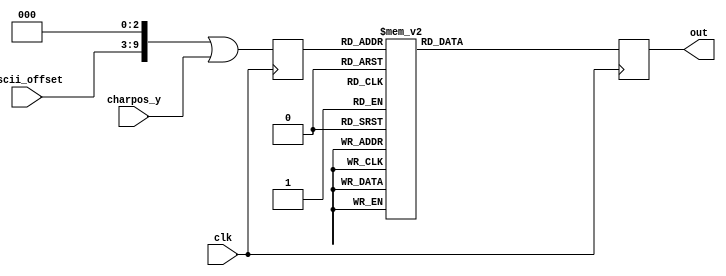
module font_rom_8x8 (
    input clk,
	 input [6:0] ascii_offset,
	 input [2:0] charpos_y,
    output reg [7:0] out
);

reg [9:0] addr_r;
//assign addr_r = ((ascii_offset << 3) |charpos_y);

always @(posedge clk) begin
  addr_r <= ((ascii_offset << 3) |charpos_y);
  case (addr_r)
		10'h000:out <=8'b00000000;        
		10'h001:out <=8'b00000000;        
		10'h002:out <=8'b00000000;        
		10'h003:out <=8'b00000000;        
		10'h004:out <=8'b00000000;        
		10'h005:out <=8'b00000000;        
		10'h006:out <=8'b00000000;        
		10'h007:out <=8'b00000000;        
		10'h008:out <=8'b00000100;        // !
		10'h009:out <=8'b00000100;        
		10'h00A:out <=8'b00000100;        
		10'h00B:out <=8'b00000100;        
		10'h00C:out <=8'b00000000;        
		10'h00D:out <=8'b00000000;        
		10'h00E:out <=8'b00000100;        
		10'h00F:out <=8'b00000000;        
		10'h010:out <=8'b00001010;        // "
		10'h011:out <=8'b00001010;        
		10'h012:out <=8'b00001010;        
		10'h013:out <=8'b00000000;        
		10'h014:out <=8'b00000000;        
		10'h015:out <=8'b00000000;        
		10'h016:out <=8'b00000000;        
		10'h017:out <=8'b00000000;        
		10'h018:out <=8'b00001010;        // #
		10'h019:out <=8'b00001010;        
		10'h01A:out <=8'b00011111;        
		10'h01B:out <=8'b00001010;        
		10'h01C:out <=8'b00011111;        
		10'h01D:out <=8'b00001010;        
		10'h01E:out <=8'b00001010;        
		10'h01F:out <=8'b00000000;        
		10'h020:out <=8'b00000100;        // $
		10'h021:out <=8'b00001111;        
		10'h022:out <=8'b00010100;        
		10'h023:out <=8'b00001110;        
		10'h024:out <=8'b00000101;        
		10'h025:out <=8'b00011110;        
		10'h026:out <=8'b00000100;        
		10'h027:out <=8'b00000000;        
		10'h028:out <=8'b00011000;        // %
		10'h029:out <=8'b00011001;        
		10'h02A:out <=8'b00000010;        
		10'h02B:out <=8'b00000100;        
		10'h02C:out <=8'b00001000;        
		10'h02D:out <=8'b00010011;        
		10'h02E:out <=8'b00000011;        
		10'h02F:out <=8'b00000000;        
		10'h030:out <=8'b00001100;        // &
		10'h031:out <=8'b00010010;        
		10'h032:out <=8'b00010100;        
		10'h033:out <=8'b00001000;        
		10'h034:out <=8'b00010101;        
		10'h035:out <=8'b00010010;        
		10'h036:out <=8'b00001101;        
		10'h037:out <=8'b00000000;        
		10'h038:out <=8'b00001100;        // '
		10'h039:out <=8'b00000100;        
		10'h03A:out <=8'b00001000;        
		10'h03B:out <=8'b00000000;        
		10'h03C:out <=8'b00000000;        
		10'h03D:out <=8'b00000000;        
		10'h03E:out <=8'b00000000;        
		10'h03F:out <=8'b00000000;        
		10'h040:out <=8'b00000010;        // (
		10'h041:out <=8'b00000100;        
		10'h042:out <=8'b00001000;        
		10'h043:out <=8'b00001000;        
		10'h044:out <=8'b00001000;        
		10'h045:out <=8'b00000100;        
		10'h046:out <=8'b00000010;        
		10'h047:out <=8'b00000000;        
		10'h048:out <=8'b00001000;        // )
		10'h049:out <=8'b00000100;        
		10'h04A:out <=8'b00000010;        
		10'h04B:out <=8'b00000010;        
		10'h04C:out <=8'b00000010;        
		10'h04D:out <=8'b00000100;        
		10'h04E:out <=8'b00001000;        
		10'h04F:out <=8'b00000000;        
		10'h050:out <=8'b00000000;        // *
		10'h051:out <=8'b00000100;        
		10'h052:out <=8'b00010101;        
		10'h053:out <=8'b00001110;        
		10'h054:out <=8'b00010101;        
		10'h055:out <=8'b00000100;        
		10'h056:out <=8'b00000000;        
		10'h057:out <=8'b00000000;        
		10'h058:out <=8'b00000000;        // +
		10'h059:out <=8'b00000100;        
		10'h05A:out <=8'b00000100;        
		10'h05B:out <=8'b00011111;        
		10'h05C:out <=8'b00000100;        
		10'h05D:out <=8'b00000100;        
		10'h05E:out <=8'b00000000;        
		10'h05F:out <=8'b00000000;        
		10'h060:out <=8'b00000000;        // ,
		10'h061:out <=8'b00000000;        
		10'h062:out <=8'b00000000;        
		10'h063:out <=8'b00000000;        
		10'h064:out <=8'b00001100;        
		10'h065:out <=8'b00000100;        
		10'h066:out <=8'b00001000;        
		10'h067:out <=8'b00000000;        
		10'h068:out <=8'b00000000;        // -
		10'h069:out <=8'b00000000;        
		10'h06A:out <=8'b00000000;        
		10'h06B:out <=8'b00011111;        
		10'h06C:out <=8'b00000000;        
		10'h06D:out <=8'b00000000;        
		10'h06E:out <=8'b00000000;        
		10'h06F:out <=8'b00000000;        
		10'h070:out <=8'b00000000;        // .
		10'h071:out <=8'b00000000;        
		10'h072:out <=8'b00000000;        
		10'h073:out <=8'b00000000;        
		10'h074:out <=8'b00000000;        
		10'h075:out <=8'b00001100;        
		10'h076:out <=8'b00001100;        
		10'h077:out <=8'b00000000;        
		10'h078:out <=8'b00000000;        // /
		10'h079:out <=8'b00000001;        
		10'h07A:out <=8'b00000010;        
		10'h07B:out <=8'b00000100;        
		10'h07C:out <=8'b00001000;        
		10'h07D:out <=8'b00010000;        
		10'h07E:out <=8'b00000000;        
		10'h07F:out <=8'b00000000;        
		10'h080:out <=8'b00001110;        // 0
		10'h081:out <=8'b00010001;        
		10'h082:out <=8'b00010011;        
		10'h083:out <=8'b00010101;        
		10'h084:out <=8'b00011001;        
		10'h085:out <=8'b00010001;        
		10'h086:out <=8'b00001110;        
		10'h087:out <=8'b00000000;        
		10'h088:out <=8'b00000100;        // 1
		10'h089:out <=8'b00001100;        
		10'h08A:out <=8'b00000100;        
		10'h08B:out <=8'b00000100;        
		10'h08C:out <=8'b00000100;        
		10'h08D:out <=8'b00000100;        
		10'h08E:out <=8'b00001110;        
		10'h08F:out <=8'b00000000;        
		10'h090:out <=8'b00001110;        // 2
		10'h091:out <=8'b00010001;        
		10'h092:out <=8'b00000001;        
		10'h093:out <=8'b00000010;        
		10'h094:out <=8'b00000100;        
		10'h095:out <=8'b00001000;        
		10'h096:out <=8'b00011111;        
		10'h097:out <=8'b00000000;        
		10'h098:out <=8'b00011111;        // 3
		10'h099:out <=8'b00000010;        
		10'h09A:out <=8'b00000100;        
		10'h09B:out <=8'b00000010;        
		10'h09C:out <=8'b00000001;        
		10'h09D:out <=8'b00010001;        
		10'h09E:out <=8'b00001110;        
		10'h09F:out <=8'b00000000;        
		10'h0A0:out <=8'b00000010;        // 4
		10'h0A1:out <=8'b00000110;        
		10'h0A2:out <=8'b00001010;        
		10'h0A3:out <=8'b00010010;        
		10'h0A4:out <=8'b00011111;        
		10'h0A5:out <=8'b00000010;        
		10'h0A6:out <=8'b00000010;        
		10'h0A7:out <=8'b00000000;        
		10'h0A8:out <=8'b00011111;        // 5
		10'h0A9:out <=8'b00010000;        
		10'h0AA:out <=8'b00011110;        
		10'h0AB:out <=8'b00000001;        
		10'h0AC:out <=8'b00000001;        
		10'h0AD:out <=8'b00010001;        
		10'h0AE:out <=8'b00001110;        
		10'h0AF:out <=8'b00000000;        
		10'h0B0:out <=8'b00000110;        // 6
		10'h0B1:out <=8'b00001000;        
		10'h0B2:out <=8'b00010000;        
		10'h0B3:out <=8'b00011110;        
		10'h0B4:out <=8'b00010001;        
		10'h0B5:out <=8'b00010001;        
		10'h0B6:out <=8'b00001110;        
		10'h0B7:out <=8'b00000000;        
		10'h0B8:out <=8'b00011111;        // 7
		10'h0B9:out <=8'b00000001;        
		10'h0BA:out <=8'b00000010;        
		10'h0BB:out <=8'b00000100;        
		10'h0BC:out <=8'b00000100;        
		10'h0BD:out <=8'b00000100;        
		10'h0BE:out <=8'b00000100;        
		10'h0BF:out <=8'b00000000;        
		10'h0C0:out <=8'b00011110;        // 8
		10'h0C1:out <=8'b00010001;        
		10'h0C2:out <=8'b00010001;        
		10'h0C3:out <=8'b00001110;        
		10'h0C4:out <=8'b00010001;        
		10'h0C5:out <=8'b00010001;        
		10'h0C6:out <=8'b00001110;        
		10'h0C7:out <=8'b00000000;        
		10'h0C8:out <=8'b00001110;        // 9
		10'h0C9:out <=8'b00010001;        
		10'h0CA:out <=8'b00010001;        
		10'h0CB:out <=8'b00001111;        
		10'h0CC:out <=8'b00000001;        
		10'h0CD:out <=8'b00000010;        
		10'h0CE:out <=8'b00001100;        
		10'h0CF:out <=8'b00000000;        
		10'h0D0:out <=8'b00000000;        // :
		10'h0D1:out <=8'b00001100;        
		10'h0D2:out <=8'b00001100;        
		10'h0D3:out <=8'b00000000;        
		10'h0D4:out <=8'b00001100;        
		10'h0D5:out <=8'b00001100;        
		10'h0D6:out <=8'b00000000;        
		10'h0D7:out <=8'b00000000;        
		10'h0D8:out <=8'b00000000;        // ;
		10'h0D9:out <=8'b00001100;        
		10'h0DA:out <=8'b00001100;        
		10'h0DB:out <=8'b00000000;        
		10'h0DC:out <=8'b00001100;        
		10'h0DD:out <=8'b00000100;        
		10'h0DE:out <=8'b00001000;        
		10'h0DF:out <=8'b00000000;        
		10'h0E0:out <=8'b00000010;        // <
		10'h0E1:out <=8'b00000100;        
		10'h0E2:out <=8'b00001000;        
		10'h0E3:out <=8'b00010000;        
		10'h0E4:out <=8'b00001000;        
		10'h0E5:out <=8'b00000100;        
		10'h0E6:out <=8'b00000010;        
		10'h0E7:out <=8'b00000000;        
		10'h0E8:out <=8'b00000000;        // =
		10'h0E9:out <=8'b00000000;        
		10'h0EA:out <=8'b00011111;        
		10'h0EB:out <=8'b00000000;        
		10'h0EC:out <=8'b00011111;        
		10'h0ED:out <=8'b00000000;        
		10'h0EE:out <=8'b00000000;        
		10'h0EF:out <=8'b00000000;        
		10'h0F0:out <=8'b00001000;        // >
		10'h0F1:out <=8'b00000100;        
		10'h0F2:out <=8'b00000010;        
		10'h0F3:out <=8'b00000001;        
		10'h0F4:out <=8'b00000010;        
		10'h0F5:out <=8'b00000100;        
		10'h0F6:out <=8'b00001000;        
		10'h0F7:out <=8'b00000000;        
		10'h0F8:out <=8'b00001110;        // ?
		10'h0F9:out <=8'b00010001;        
		10'h0FA:out <=8'b00000001;        
		10'h0FB:out <=8'b00000010;        
		10'h0FC:out <=8'b00000100;        
		10'h0FD:out <=8'b00000000;        
		10'h0FE:out <=8'b00000100;        
		10'h0FF:out <=8'b00000000;        
		10'h100:out <=8'b00001110;        // @
		10'h101:out <=8'b00010001;        
		10'h102:out <=8'b00000001;        
		10'h103:out <=8'b00001101;        
		10'h104:out <=8'b00010101;        
		10'h105:out <=8'b00010101;        
		10'h106:out <=8'b00001110;        
		10'h107:out <=8'b00000000;        
		10'h108:out <=8'b00001110;        // A
		10'h109:out <=8'b00010001;        
		10'h10A:out <=8'b00010001;        
		10'h10B:out <=8'b00010001;        
		10'h10C:out <=8'b00011111;        
		10'h10D:out <=8'b00010001;        
		10'h10E:out <=8'b00010001;        
		10'h10F:out <=8'b00000000;        
		10'h110:out <=8'b00011110;        // B
		10'h111:out <=8'b00001001;        
		10'h112:out <=8'b00001001;        
		10'h113:out <=8'b00001110;        
		10'h114:out <=8'b00001001;        
		10'h115:out <=8'b00001001;        
		10'h116:out <=8'b00011110;        
		10'h117:out <=8'b00000000;        
		10'h118:out <=8'b00001110;        // C
		10'h119:out <=8'b00010001;        
		10'h11A:out <=8'b00010000;        
		10'h11B:out <=8'b00010000;        
		10'h11C:out <=8'b00010000;        
		10'h11D:out <=8'b00010001;        
		10'h11E:out <=8'b00001110;        
		10'h11F:out <=8'b00000000;        
		10'h120:out <=8'b00011110;        // D
		10'h121:out <=8'b00001001;        
		10'h122:out <=8'b00001001;        
		10'h123:out <=8'b00001001;        
		10'h124:out <=8'b00001001;        
		10'h125:out <=8'b00001001;        
		10'h126:out <=8'b00011110;        
		10'h127:out <=8'b00000000;        
		10'h128:out <=8'b00011111;        // E
		10'h129:out <=8'b00010000;        
		10'h12A:out <=8'b00010000;        
		10'h12B:out <=8'b00011111;        
		10'h12C:out <=8'b00010000;        
		10'h12D:out <=8'b00010000;        
		10'h12E:out <=8'b00011111;        
		10'h12F:out <=8'b00000000;        
		10'h130:out <=8'b00011111;        // F
		10'h131:out <=8'b00010000;        
		10'h132:out <=8'b00010000;        
		10'h133:out <=8'b00011110;        
		10'h134:out <=8'b00010000;        
		10'h135:out <=8'b00010000;        
		10'h136:out <=8'b00010000;        
		10'h137:out <=8'b00000000;        
		10'h138:out <=8'b00001110;        // G
		10'h139:out <=8'b00010001;        
		10'h13A:out <=8'b00010000;        
		10'h13B:out <=8'b00010011;        
		10'h13C:out <=8'b00010001;        
		10'h13D:out <=8'b00010001;        
		10'h13E:out <=8'b00001111;        
		10'h13F:out <=8'b00000000;        
		10'h140:out <=8'b00010001;        // H
		10'h141:out <=8'b00010001;        
		10'h142:out <=8'b00010001;        
		10'h143:out <=8'b00011111;        
		10'h144:out <=8'b00010001;        
		10'h145:out <=8'b00010001;        
		10'h146:out <=8'b00010001;        
		10'h147:out <=8'b00000000;        
		10'h148:out <=8'b00001110;        // I
		10'h149:out <=8'b00000100;        
		10'h14A:out <=8'b00000100;        
		10'h14B:out <=8'b00000100;        
		10'h14C:out <=8'b00000100;        
		10'h14D:out <=8'b00000100;        
		10'h14E:out <=8'b00001110;        
		10'h14F:out <=8'b00000000;        
		10'h150:out <=8'b00000111;        // J
		10'h151:out <=8'b00000010;        
		10'h152:out <=8'b00000010;        
		10'h153:out <=8'b00000010;        
		10'h154:out <=8'b00000010;        
		10'h155:out <=8'b00010010;        
		10'h156:out <=8'b00001100;        
		10'h157:out <=8'b00000000;        
		10'h158:out <=8'b00010001;        // K
		10'h159:out <=8'b00010010;        
		10'h15A:out <=8'b00010100;        
		10'h15B:out <=8'b00011000;        
		10'h15C:out <=8'b00010100;        
		10'h15D:out <=8'b00010010;        
		10'h15E:out <=8'b00010001;        
		10'h15F:out <=8'b00000000;        
		10'h160:out <=8'b00010000;        // L
		10'h161:out <=8'b00010000;        
		10'h162:out <=8'b00010000;        
		10'h163:out <=8'b00010000;        
		10'h164:out <=8'b00010000;        
		10'h165:out <=8'b00010000;        
		10'h166:out <=8'b00011111;        
		10'h167:out <=8'b00000000;        
		10'h168:out <=8'b00010001;        // M
		10'h169:out <=8'b00011011;        
		10'h16A:out <=8'b00010101;        
		10'h16B:out <=8'b00010101;        
		10'h16C:out <=8'b00010001;        
		10'h16D:out <=8'b00010001;        
		10'h16E:out <=8'b00010001;        
		10'h16F:out <=8'b00000000;        
		10'h170:out <=8'b00010001;        // N
		10'h171:out <=8'b00011001;        
		10'h172:out <=8'b00011001;        
		10'h173:out <=8'b00010101;        
		10'h174:out <=8'b00010011;        
		10'h175:out <=8'b00010011;        
		10'h176:out <=8'b00010001;        
		10'h177:out <=8'b00000000;        
		10'h178:out <=8'b00001110;        // O
		10'h179:out <=8'b00010001;        
		10'h17A:out <=8'b00010001;        
		10'h17B:out <=8'b00010001;        
		10'h17C:out <=8'b00010001;        
		10'h17D:out <=8'b00010001;        
		10'h17E:out <=8'b00001110;        
		10'h17F:out <=8'b00000000;        
		10'h180:out <=8'b00011110;        // P
		10'h181:out <=8'b00010001;        
		10'h182:out <=8'b00010001;        
		10'h183:out <=8'b00011110;        
		10'h184:out <=8'b00010000;        
		10'h185:out <=8'b00010000;        
		10'h186:out <=8'b00010000;        
		10'h187:out <=8'b00000000;        
		10'h188:out <=8'b00001110;        // Q
		10'h189:out <=8'b00010001;        
		10'h18A:out <=8'b00010001;        
		10'h18B:out <=8'b00010001;        
		10'h18C:out <=8'b00010101;        
		10'h18D:out <=8'b00010010;        
		10'h18E:out <=8'b00011101;        
		10'h18F:out <=8'b00000000;        
		10'h190:out <=8'b00011110;        // R
		10'h191:out <=8'b00010001;        
		10'h192:out <=8'b00010001;        
		10'h193:out <=8'b00011110;        
		10'h194:out <=8'b00010100;        
		10'h195:out <=8'b00010010;        
		10'h196:out <=8'b00010001;        
		10'h197:out <=8'b00000000;        
		10'h198:out <=8'b00001110;        // S
		10'h199:out <=8'b00010001;        
		10'h19A:out <=8'b00010000;        
		10'h19B:out <=8'b00001110;        
		10'h19C:out <=8'b00000001;        
		10'h19D:out <=8'b00010001;        
		10'h19E:out <=8'b00001110;        
		10'h19F:out <=8'b00000000;        
		10'h1A0:out <=8'b00011111;        // T
		10'h1A1:out <=8'b00000100;        
		10'h1A2:out <=8'b00000100;        
		10'h1A3:out <=8'b00000100;        
		10'h1A4:out <=8'b00000100;        
		10'h1A5:out <=8'b00000100;        
		10'h1A6:out <=8'b00000100;        
		10'h1A7:out <=8'b00000000;        
		10'h1A8:out <=8'b00010001;        // U
		10'h1A9:out <=8'b00010001;        
		10'h1AA:out <=8'b00010001;        
		10'h1AB:out <=8'b00010001;        
		10'h1AC:out <=8'b00010001;        
		10'h1AD:out <=8'b00010001;        
		10'h1AE:out <=8'b00001110;        
		10'h1AF:out <=8'b00000000;        
		10'h1B0:out <=8'b00010001;        // V
		10'h1B1:out <=8'b00010001;        
		10'h1B2:out <=8'b00010001;        
		10'h1B3:out <=8'b00010001;        
		10'h1B4:out <=8'b00010001;        
		10'h1B5:out <=8'b00001010;        
		10'h1B6:out <=8'b00000100;        
		10'h1B7:out <=8'b00000000;        
		10'h1B8:out <=8'b00010001;        // W
		10'h1B9:out <=8'b00010001;        
		10'h1BA:out <=8'b00010001;        
		10'h1BB:out <=8'b00010101;        
		10'h1BC:out <=8'b00010101;        
		10'h1BD:out <=8'b00011011;        
		10'h1BE:out <=8'b00010001;        
		10'h1BF:out <=8'b00000000;        
		10'h1C0:out <=8'b00010001;        // X
		10'h1C1:out <=8'b00010001;        
		10'h1C2:out <=8'b00001010;        
		10'h1C3:out <=8'b00000100;        
		10'h1C4:out <=8'b00001010;        
		10'h1C5:out <=8'b00010001;        
		10'h1C6:out <=8'b00010001;        
		10'h1C7:out <=8'b00000000;        
		10'h1C8:out <=8'b00010001;        // Y
		10'h1C9:out <=8'b00010001;        
		10'h1CA:out <=8'b00010001;        
		10'h1CB:out <=8'b00001010;        
		10'h1CC:out <=8'b00000100;        
		10'h1CD:out <=8'b00000100;        
		10'h1CE:out <=8'b00000100;        
		10'h1CF:out <=8'b00000000;        
		10'h1D0:out <=8'b00011111;        // Z
		10'h1D1:out <=8'b00000001;        
		10'h1D2:out <=8'b00000010;        
		10'h1D3:out <=8'b00000100;        
		10'h1D4:out <=8'b00001000;        
		10'h1D5:out <=8'b00010000;        
		10'h1D6:out <=8'b00011111;        
		10'h1D7:out <=8'b00000000;        
		10'h1D8:out <=8'b00001110;        // [
		10'h1D9:out <=8'b00001000;        
		10'h1DA:out <=8'b00001000;        
		10'h1DB:out <=8'b00001000;        
		10'h1DC:out <=8'b00001000;        
		10'h1DD:out <=8'b00001000;        
		10'h1DE:out <=8'b00001110;        
		10'h1DF:out <=8'b00000000;        
		10'h1E0:out <=8'b00000000;        // \
		10'h1E1:out <=8'b00010000;        
		10'h1E2:out <=8'b00001000;        
		10'h1E3:out <=8'b00000100;        
		10'h1E4:out <=8'b00000010;        
		10'h1E5:out <=8'b00000001;        
		10'h1E6:out <=8'b00000000;        
		10'h1E7:out <=8'b00000000;        
		10'h1E8:out <=8'b00001110;        // ]
		10'h1E9:out <=8'b00000010;        
		10'h1EA:out <=8'b00000010;        
		10'h1EB:out <=8'b00000010;        
		10'h1EC:out <=8'b00000010;        
		10'h1ED:out <=8'b00000010;        
		10'h1EE:out <=8'b00001110;        
		10'h1EF:out <=8'b00000000;        
		10'h1F0:out <=8'b00000100;        // ^
		10'h1F1:out <=8'b00001010;        
		10'h1F2:out <=8'b00010001;        
		10'h1F3:out <=8'b00000000;        
		10'h1F4:out <=8'b00000000;        
		10'h1F5:out <=8'b00000000;        
		10'h1F6:out <=8'b00000000;        
		10'h1F7:out <=8'b00000000;        
		10'h1F8:out <=8'b00000000;        // _
		10'h1F9:out <=8'b00000000;        
		10'h1FA:out <=8'b00000000;        
		10'h1FB:out <=8'b00000000;        
		10'h1FC:out <=8'b00000000;        
		10'h1FD:out <=8'b00000000;        
		10'h1FE:out <=8'b00011111;        
		10'h1FF:out <=8'b00000000;        
		10'h200:out <=8'b00010000;        // `
		10'h201:out <=8'b00001000;        
		10'h202:out <=8'b00000100;        
		10'h203:out <=8'b00000000;        
		10'h204:out <=8'b00000000;        
		10'h205:out <=8'b00000000;        
		10'h206:out <=8'b00000000;        
		10'h207:out <=8'b00000000;        
		10'h208:out <=8'b00000000;        // a
		10'h209:out <=8'b00000000;        
		10'h20A:out <=8'b00001110;        
		10'h20B:out <=8'b00000001;        
		10'h20C:out <=8'b00001111;        
		10'h20D:out <=8'b00010001;        
		10'h20E:out <=8'b00001111;        
		10'h20F:out <=8'b00000000;        
		10'h210:out <=8'b00010000;        // b
		10'h211:out <=8'b00010000;        
		10'h212:out <=8'b00010110;        
		10'h213:out <=8'b00011001;        
		10'h214:out <=8'b00010001;        
		10'h215:out <=8'b00010001;        
		10'h216:out <=8'b00011110;        
		10'h217:out <=8'b00000000;        
		10'h218:out <=8'b00000000;        // c
		10'h219:out <=8'b00000000;        
		10'h21A:out <=8'b00001110;        
		10'h21B:out <=8'b00010001;        
		10'h21C:out <=8'b00010000;        
		10'h21D:out <=8'b00010001;        
		10'h21E:out <=8'b00001110;        
		10'h21F:out <=8'b00000000;        
		10'h220:out <=8'b00000001;        // d
		10'h221:out <=8'b00000001;        
		10'h222:out <=8'b00001101;        
		10'h223:out <=8'b00010011;        
		10'h224:out <=8'b00010001;        
		10'h225:out <=8'b00010001;        
		10'h226:out <=8'b00001111;        
		10'h227:out <=8'b00000000;        
		10'h228:out <=8'b00000000;        // e
		10'h229:out <=8'b00000000;        
		10'h22A:out <=8'b00001110;        
		10'h22B:out <=8'b00010001;        
		10'h22C:out <=8'b00011111;        
		10'h22D:out <=8'b00010000;        
		10'h22E:out <=8'b00001110;        
		10'h22F:out <=8'b00000000;        
		10'h230:out <=8'b00000010;        // f
		10'h231:out <=8'b00000101;        
		10'h232:out <=8'b00000100;        
		10'h233:out <=8'b00001110;        
		10'h234:out <=8'b00000100;        
		10'h235:out <=8'b00000100;        
		10'h236:out <=8'b00000100;        
		10'h237:out <=8'b00000000;        
		10'h238:out <=8'b00000000;        // g
		10'h239:out <=8'b00001101;        
		10'h23A:out <=8'b00010011;        
		10'h23B:out <=8'b00010011;        
		10'h23C:out <=8'b00001101;        
		10'h23D:out <=8'b00000001;        
		10'h23E:out <=8'b00001110;        
		10'h23F:out <=8'b00000000;        
		10'h240:out <=8'b00010000;        // h
		10'h241:out <=8'b00010000;        
		10'h242:out <=8'b00010110;        
		10'h243:out <=8'b00011001;        
		10'h244:out <=8'b00010001;        
		10'h245:out <=8'b00010001;        
		10'h246:out <=8'b00010001;        
		10'h247:out <=8'b00000000;        
		10'h248:out <=8'b00000100;        // i
		10'h249:out <=8'b00000000;        
		10'h24A:out <=8'b00001100;        
		10'h24B:out <=8'b00000100;        
		10'h24C:out <=8'b00000100;        
		10'h24D:out <=8'b00000100;        
		10'h24E:out <=8'b00001110;        
		10'h24F:out <=8'b00000000;        
		10'h250:out <=8'b00000010;        // j
		10'h251:out <=8'b00000000;        
		10'h252:out <=8'b00000110;        
		10'h253:out <=8'b00000010;        
		10'h254:out <=8'b00000010;        
		10'h255:out <=8'b00010010;        
		10'h256:out <=8'b00001100;        
		10'h257:out <=8'b00000000;        
		10'h258:out <=8'b00001000;        // k
		10'h259:out <=8'b00001000;        
		10'h25A:out <=8'b00001001;        
		10'h25B:out <=8'b00001010;        
		10'h25C:out <=8'b00001100;        
		10'h25D:out <=8'b00001010;        
		10'h25E:out <=8'b00001001;        
		10'h25F:out <=8'b00000000;        
		10'h260:out <=8'b00001100;        // l
		10'h261:out <=8'b00000100;        
		10'h262:out <=8'b00000100;        
		10'h263:out <=8'b00000100;        
		10'h264:out <=8'b00000100;        
		10'h265:out <=8'b00000100;        
		10'h266:out <=8'b00001110;        
		10'h267:out <=8'b00000000;        
		10'h268:out <=8'b00000000;        // m
		10'h269:out <=8'b00000000;        
		10'h26A:out <=8'b00011010;        
		10'h26B:out <=8'b00010101;        
		10'h26C:out <=8'b00010101;        
		10'h26D:out <=8'b00010101;        
		10'h26E:out <=8'b00010101;        
		10'h26F:out <=8'b00000000;        
		10'h270:out <=8'b00000000;        // n
		10'h271:out <=8'b00000000;        
		10'h272:out <=8'b00010110;        
		10'h273:out <=8'b00011001;        
		10'h274:out <=8'b00010001;        
		10'h275:out <=8'b00010001;        
		10'h276:out <=8'b00010001;        
		10'h277:out <=8'b00000000;        
		10'h278:out <=8'b00000000;        // o
		10'h279:out <=8'b00000000;        
		10'h27A:out <=8'b00001110;        
		10'h27B:out <=8'b00010001;        
		10'h27C:out <=8'b00010001;        
		10'h27D:out <=8'b00010001;        
		10'h27E:out <=8'b00001110;        
		10'h27F:out <=8'b00000000;        
		10'h280:out <=8'b00000000;        // p
		10'h281:out <=8'b00010110;        
		10'h282:out <=8'b00011001;        
		10'h283:out <=8'b00011001;        
		10'h284:out <=8'b00010110;        
		10'h285:out <=8'b00010000;        
		10'h286:out <=8'b00010000;        
		10'h287:out <=8'b00000000;        
		10'h288:out <=8'b00000000;        // q
		10'h289:out <=8'b00001101;        
		10'h28A:out <=8'b00010011;        
		10'h28B:out <=8'b00010011;        
		10'h28C:out <=8'b00001101;        
		10'h28D:out <=8'b00000001;        
		10'h28E:out <=8'b00000001;        
		10'h28F:out <=8'b00000000;        
		10'h290:out <=8'b00000000;        // r
		10'h291:out <=8'b00000000;        
		10'h292:out <=8'b00010110;        
		10'h293:out <=8'b00011001;        
		10'h294:out <=8'b00010000;        
		10'h295:out <=8'b00010000;        
		10'h296:out <=8'b00010000;        
		10'h297:out <=8'b00000000;        
		10'h298:out <=8'b00000000;        // s
		10'h299:out <=8'b00000000;        
		10'h29A:out <=8'b00001111;        
		10'h29B:out <=8'b00010000;        
		10'h29C:out <=8'b00011110;        
		10'h29D:out <=8'b00000001;        
		10'h29E:out <=8'b00011111;        
		10'h29F:out <=8'b00000000;        
		10'h2A0:out <=8'b00001000;        // t
		10'h2A1:out <=8'b00001000;        
		10'h2A2:out <=8'b00011100;        
		10'h2A3:out <=8'b00001000;        
		10'h2A4:out <=8'b00001000;        
		10'h2A5:out <=8'b00001001;        
		10'h2A6:out <=8'b00000110;        
		10'h2A7:out <=8'b00000000;        
		10'h2A8:out <=8'b00000000;        // u
		10'h2A9:out <=8'b00000000;        
		10'h2AA:out <=8'b00010010;        
		10'h2AB:out <=8'b00010010;        
		10'h2AC:out <=8'b00010010;        
		10'h2AD:out <=8'b00010010;        
		10'h2AE:out <=8'b00001101;        
		10'h2AF:out <=8'b00000000;        
		10'h2B0:out <=8'b00000000;        // v
		10'h2B1:out <=8'b00000000;        
		10'h2B2:out <=8'b00010001;        
		10'h2B3:out <=8'b00010001;        
		10'h2B4:out <=8'b00010001;        
		10'h2B5:out <=8'b00001010;        
		10'h2B6:out <=8'b00000100;        
		10'h2B7:out <=8'b00000000;        
		10'h2B8:out <=8'b00000000;        // w
		10'h2B9:out <=8'b00000000;        
		10'h2BA:out <=8'b00010001;        
		10'h2BB:out <=8'b00010001;        
		10'h2BC:out <=8'b00010101;        
		10'h2BD:out <=8'b00010101;        
		10'h2BE:out <=8'b00001010;        
		10'h2BF:out <=8'b00000000;        
		10'h2C0:out <=8'b00000000;        // x
		10'h2C1:out <=8'b00000000;        
		10'h2C2:out <=8'b00010001;        
		10'h2C3:out <=8'b00001010;        
		10'h2C4:out <=8'b00000100;        
		10'h2C5:out <=8'b00001010;        
		10'h2C6:out <=8'b00010001;        
		10'h2C7:out <=8'b00000000;        
		10'h2C8:out <=8'b00000000;        // y
		10'h2C9:out <=8'b00000000;        
		10'h2CA:out <=8'b00010001;        
		10'h2CB:out <=8'b00010001;        
		10'h2CC:out <=8'b00010011;        
		10'h2CD:out <=8'b00001101;        
		10'h2CE:out <=8'b00000001;        
		10'h2CF:out <=8'b00001110;        
		10'h2D0:out <=8'b00000000;        // z
		10'h2D1:out <=8'b00000000;        
		10'h2D2:out <=8'b00011111;        
		10'h2D3:out <=8'b00000010;        
		10'h2D4:out <=8'b00000100;        
		10'h2D5:out <=8'b00001000;        
		10'h2D6:out <=8'b00011111;        
		10'h2D7:out <=8'b00000000;        
		10'h2D8:out <=8'b00000010;        // {
		10'h2D9:out <=8'b00000100;        
		10'h2DA:out <=8'b00000100;        
		10'h2DB:out <=8'b00001000;        
		10'h2DC:out <=8'b00000100;        
		10'h2DD:out <=8'b00000100;        
		10'h2DE:out <=8'b00000010;        
		10'h2DF:out <=8'b00000000;        
		10'h2E0:out <=8'b00000100;        // |
		10'h2E1:out <=8'b00000100;        
		10'h2E2:out <=8'b00000100;        
		10'h2E3:out <=8'b00000000;        
		10'h2E4:out <=8'b00000100;        
		10'h2E5:out <=8'b00000100;        
		10'h2E6:out <=8'b00000100;        
		10'h2E7:out <=8'b00000000;        
		10'h2E8:out <=8'b00001000;        // }
		10'h2E9:out <=8'b00000100;        
		10'h2EA:out <=8'b00000100;        
		10'h2EB:out <=8'b00000010;        
		10'h2EC:out <=8'b00000100;        
		10'h2ED:out <=8'b00000100;        
		10'h2EE:out <=8'b00001000;        
		10'h2EF:out <=8'b00000000;        
		10'h2F0:out <=8'b00001000;        // ~
		10'h2F1:out <=8'b00010101;        
		10'h2F2:out <=8'b00000010;        
		10'h2F3:out <=8'b00000000;        
		10'h2F4:out <=8'b00000000;        
		10'h2F5:out <=8'b00000000;        
		10'h2F6:out <=8'b00000000;        
		10'h2F7:out <=8'b00000000;        
    default : out <= 0;
  endcase
end
endmodule